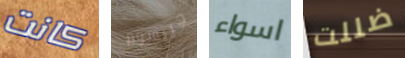
كانت جريسوم اسواء ضللت